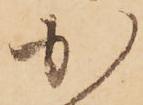
か